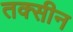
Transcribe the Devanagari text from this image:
तक्सीन